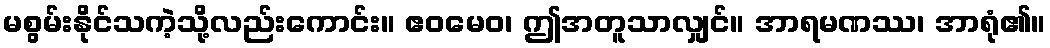
မစွမ်းနိုင်သကဲ့သို့လည်းကောင်း။ ဧဝမေဝ၊ ဤအတူသာလျှင်။ အာရမဏဿ၊ အာရုံ၏။